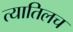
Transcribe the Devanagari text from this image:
त्यातिलच